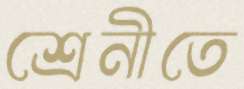
শ্রেনীতে